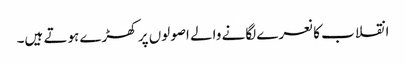
انقلاب کا نعرے لگانے والے اصولوں پر کھڑے ہوتے ہیں۔